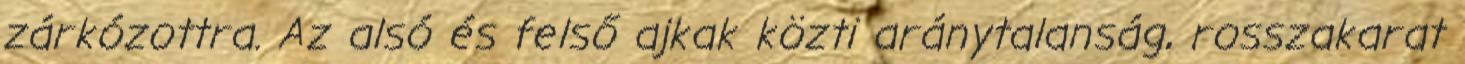
zárkózottra. Az alsó és felső ajkak közti aránytalanság, rosszakarat